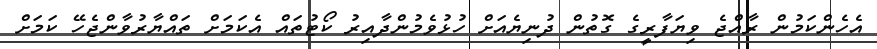
އެހެންކަމުން ރާއްޖެ ވިޔަފާރީގެ ގޮތުން ދުނިޔެއަށް ހުޅުވެމުންދާއިރު ކޯޓުތައް އެކަމަށް ތައްޔާރުވާންޖެހޭ ކަމަށް